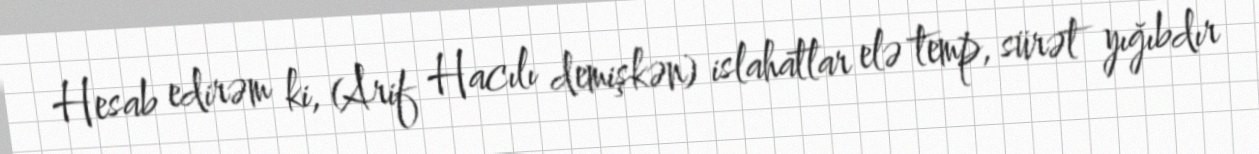
Hesab edirəm ki, (Arif Hacılı demişkən) islahatlar elə temp, sürət yığıbdır